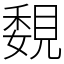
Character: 覣